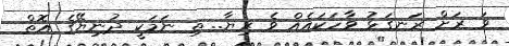
ވަ ރަށް ރަނގަޅު ވާހަކައެއް ވެ ރިޔާ.. ތި ނަމަކީ ދުނިޔޭގެ އޮތް